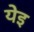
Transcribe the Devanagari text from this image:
येइ